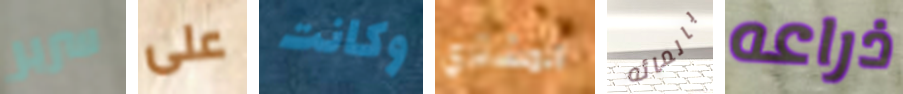
سرير على وكانت المشتري بالمائه ذراعه